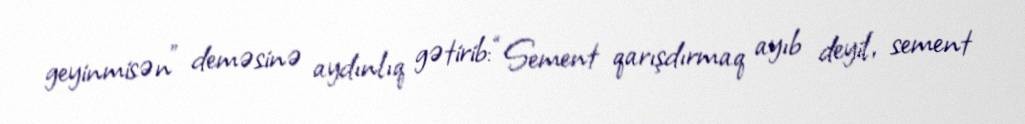
geyinmisən” deməsinə aydınlıq gətirib: “Sement qarışdırmaq ayıb deyil, sement